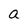
Character: a